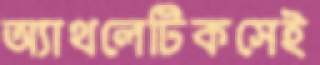
অ্যাথলেটিকসেই